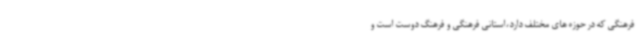
فرهنگی که در حوزه های مختلف دارد،استانی فرهنگی و فرهنگ دوست است و